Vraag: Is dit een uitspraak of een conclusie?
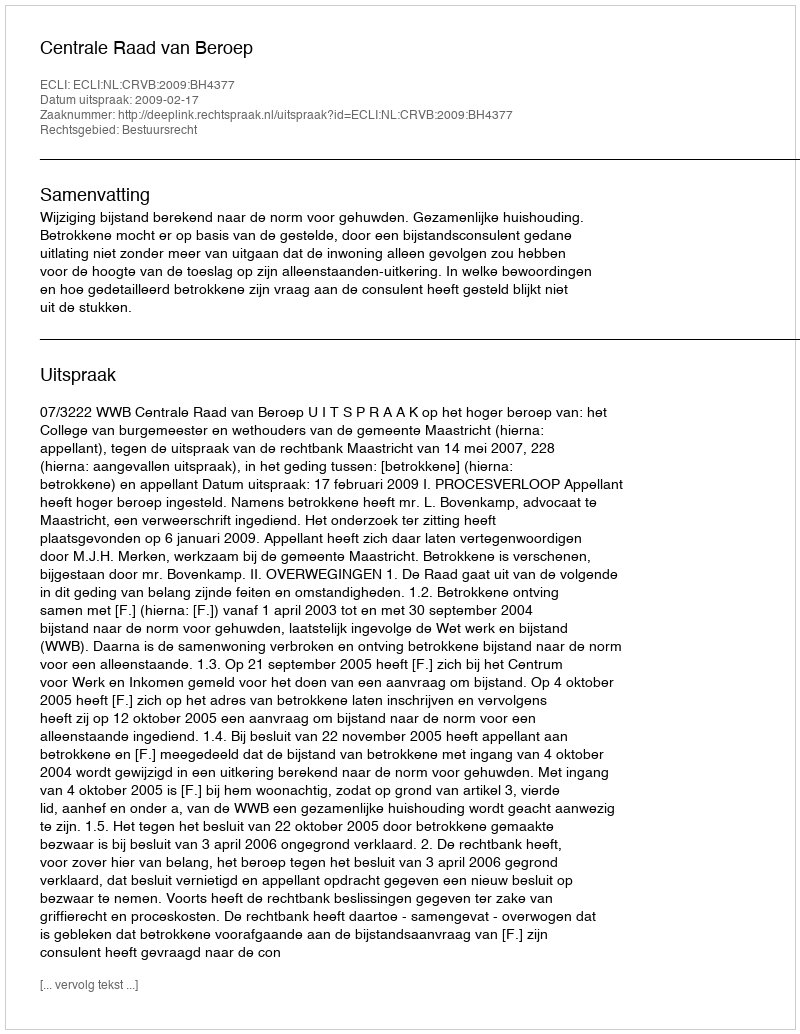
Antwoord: Uitspraak